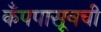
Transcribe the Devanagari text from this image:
कँपपासूनची